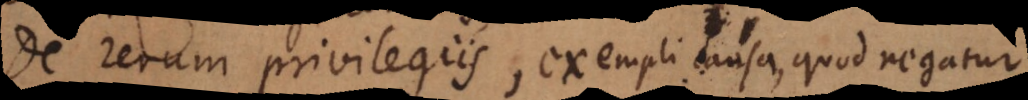
De rerum privilegiis, exempli causa, quod negatur